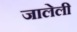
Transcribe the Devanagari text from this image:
जालेली